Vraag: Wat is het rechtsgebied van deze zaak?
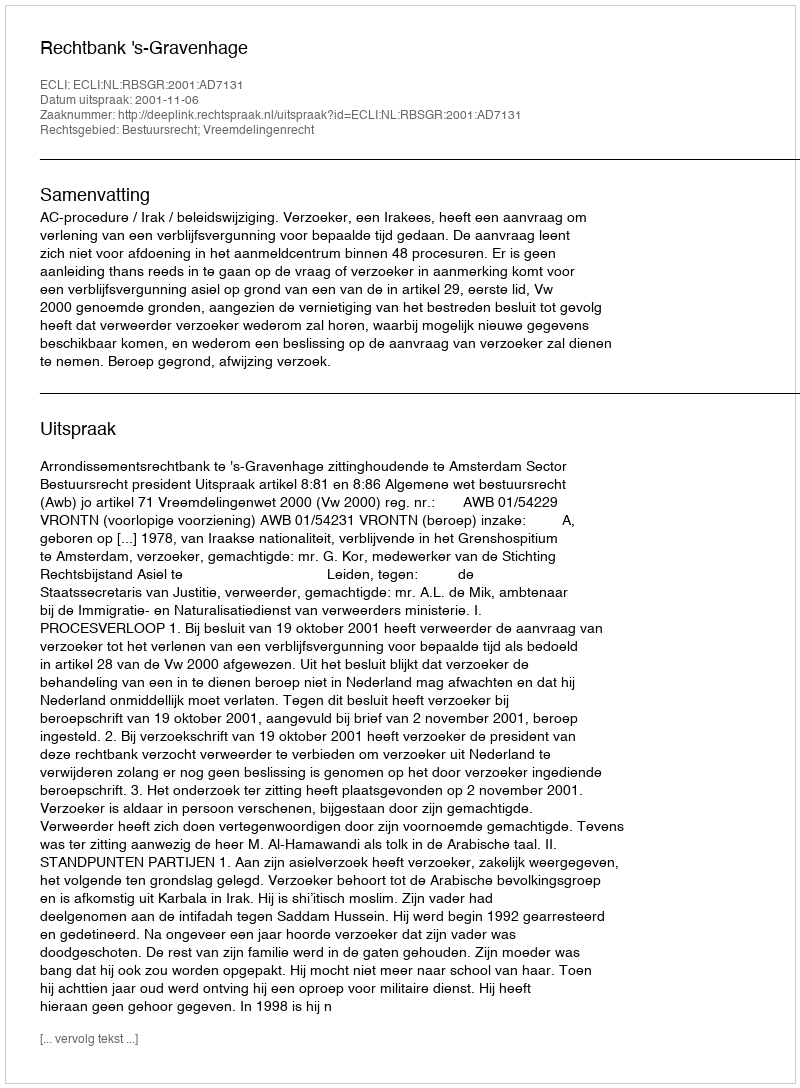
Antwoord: Bestuursrecht; Vreemdelingenrecht